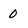
Character: 0